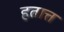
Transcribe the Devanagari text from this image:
हतात्त